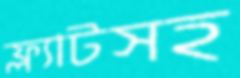
ফ্ল্যাটসহ